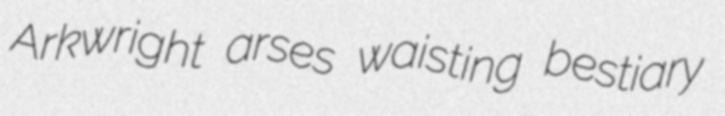
Arkwright arses waisting bestiary